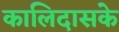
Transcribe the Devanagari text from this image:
कालिदासके